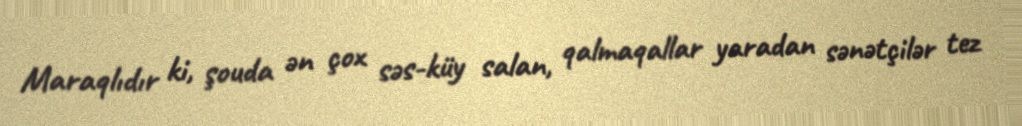
Maraqlıdır ki, şouda ən çox səs-küy salan, qalmaqallar yaradan sənətçilər tez